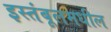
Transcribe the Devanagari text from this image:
इस्तंबूलमधील